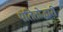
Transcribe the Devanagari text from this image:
पतितोद्धारी